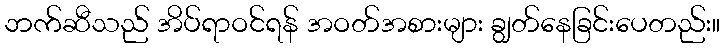
ဘက်ဆီသည် အိပ်ရာဝင်ရန် အဝတ်အစားများ ချွတ်နေခြင်းပေတည်း။